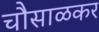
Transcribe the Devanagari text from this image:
चौसाळकर